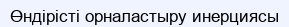
Өндірісті орналастыру инерциясы